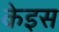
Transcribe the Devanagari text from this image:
केइस